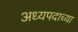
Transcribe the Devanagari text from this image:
अध्यपदाच्या